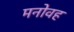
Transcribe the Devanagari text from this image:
मनोवह